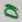
Text: D1